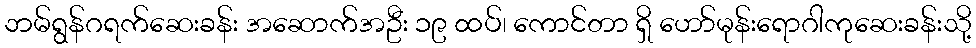
ဘမ်ရွန်ဂရက်ဆေးခန်း အဆောက်အဦး ၁၉ ထပ်၊ ကောင်တာ ရှိ ဟော်မုန်းရောဂါကုဆေးခန်းသို့